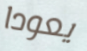
يعودا